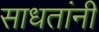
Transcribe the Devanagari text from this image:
साधतांनी